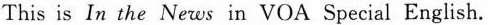
This is In the News in VOA Special English.